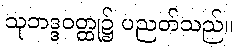
သုဘဒ္ဒဝတ္ထု၌ ပညတ်သည်။